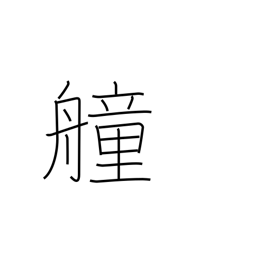
Meaning: fighting ship